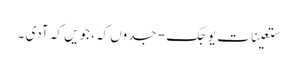
ستعینات یوجک - جدوں کہ، جویں کہ آدی ۔